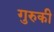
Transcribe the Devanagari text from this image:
गुरुकी